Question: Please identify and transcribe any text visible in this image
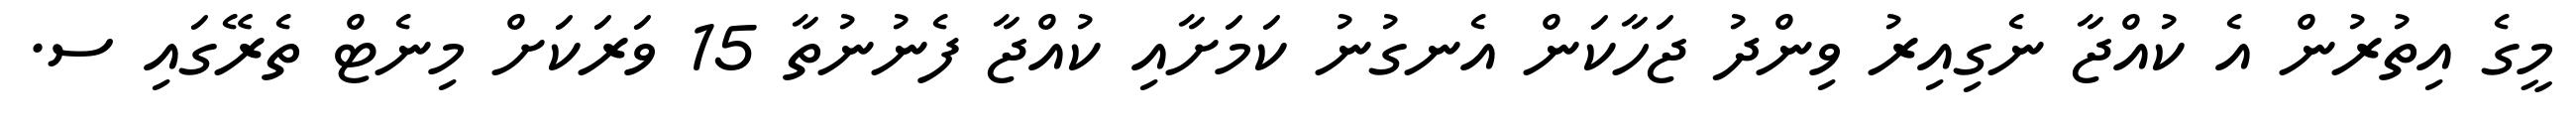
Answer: މީގެ އިތުރުން އެ ކުއްޖާ ނެގިއިރު ވިންދު ޖަހާކަން އެނގުނު ކަމަށާއި ކުއްޖާ ފެނުނުތާ 15 ވަރަކަށް މިނެޓް ތެރޭގައި ސ.